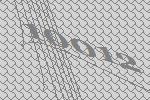
10012